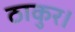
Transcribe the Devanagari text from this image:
ठाकुर।